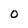
Character: 0